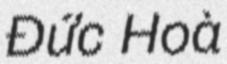
Đức Hoà